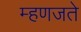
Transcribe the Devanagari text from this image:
म्हणजते